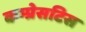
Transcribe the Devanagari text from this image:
कम्प्रेसटिस